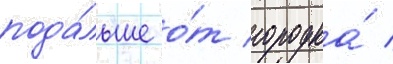
пода́льше о́т городка́ /